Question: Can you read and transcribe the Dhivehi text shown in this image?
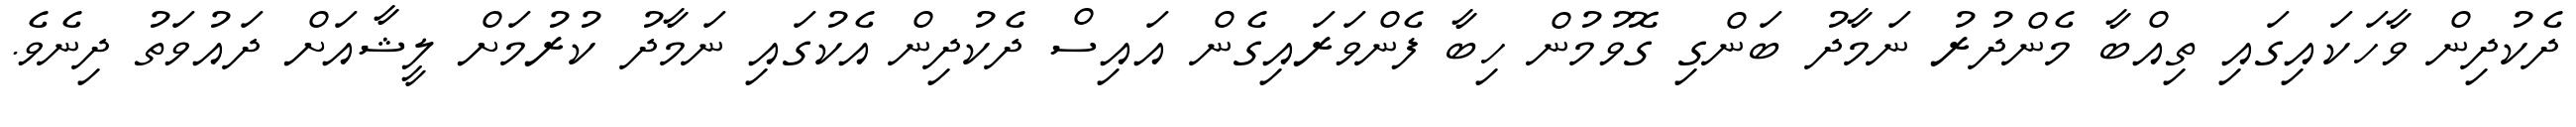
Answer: ދެކުދިން ވާހަކައިގައި ތިއްބާ މެންދުރު ނަމާދު ބަންގި ގޮވުމުން ހިބާ ފެންވަރައިގެން އައިސް ދެކުދިން އެކުގައި ނަމާދު ކުރުމަށް ލީޝާއަށް ދައުވަތު ދިނެވެ.